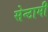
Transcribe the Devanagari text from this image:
सेन्टामी